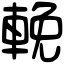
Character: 輓